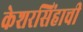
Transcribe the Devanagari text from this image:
केशरसिंहाची